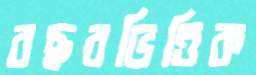
বছরভিত্তিক